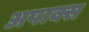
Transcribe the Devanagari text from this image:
अपाक्स